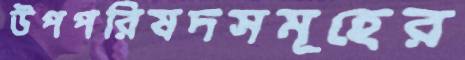
উপপরিষদসমূহের